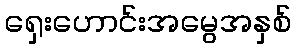
ရှေးဟောင်းအမွေအနှစ်